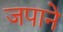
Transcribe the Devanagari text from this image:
जपाने